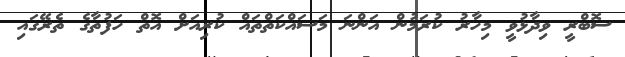
ސޮބްރީ ވިދާޅުވީ މިހާރު ކުރަމުން އަންނަ މަސައްކަތްތައް ކުރިއަށް އޮތް ހަފުތާގެ ތެރޭގައި